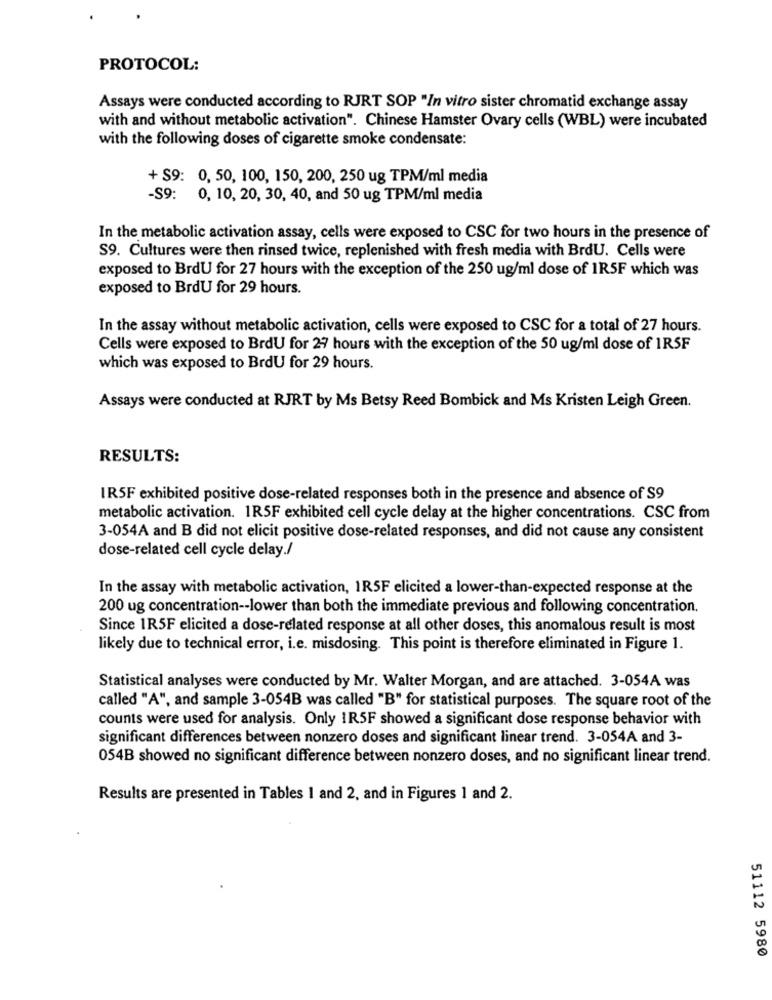
PROTOCOL:
Assays were conducted according to RJRT SOP "In vitro sister chromatid exchange assay
with and without metabolic activation". Chinese Hamster Ovary cells (WBL) were incubated
with the following doses of cigarette smoke condensate:
+ S9: 0, 50, 100, 150, 200, 250 ug TPM/ml media
-S9: 0, 10, 20, 30, 40, and 50 ug TPM/ml media
In the metabolic activation assay, cells were exposed to CSC for two hours in the presence of
S9. Cultures were then rinsed twice, replenished with fresh media with BrdU. Cells were
exposed to BrdU for 27 hours with the exception of the 250 ug/ml dose of 1R5F which was
exposed to BrdU for 29 hours.
In the assay without metabolic activation, cells were exposed to CSC for a total of 27 hours.
Cells were exposed to BrdU for 24 hours with the exception of the 50 ug/ml dose of 1RSF
which was exposed to BrdU for 29 hours.
Assays were conducted at RJRT by Ms Betsy Reed Bombick and Ms Kristen Leigh Green.
RESULTS:
IR5F exhibited positive dose-related responses both in the presence and absence of S9
metabolic activation. 1R5F exhibited cell cycle delay at the higher concentrations. CSC from
3-054A and B did not elicit positive dose-related responses, and did not cause any consistent
dose-related cell cycle delay./
In the assay with metabolic activation, 1R5F elicited a lower-than-expected response at the
200 ug concentration -- lower than both the immediate previous and following concentration.
Since 1R5F elicited a dose-related response at all other doses, this anomalous result is most
likely due to technical error, i.e. misdosing. This point is therefore eliminated in Figure 1.
Statistical analyses were conducted by Mr. Walter Morgan, and are attached. 3-054A was
called "A", and sample 3-054B was called "B" for statistical purposes. The square root of the
counts were used for analysis. Only 1R5F showed a significant dose response behavior with
significant differences between nonzero doses and significant linear trend. 3-054A and 3-
054B showed no significant difference between nonzero doses, and no significant linear trend.
Results are presented in Tables 1 and 2, and in Figures 1 and 2.
51112 5980